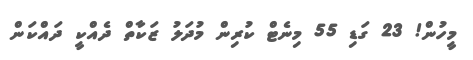
މީހުން! 23 ގަޑި 55 މިނެޓް ކުރިން މުދަލު ޒަކާތް ދެއްކީ ދައްކަން